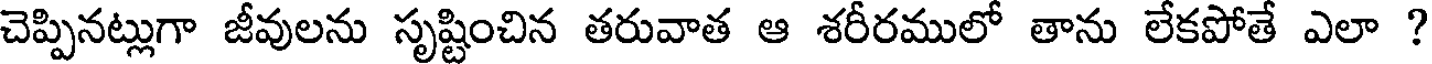
చెప్పినట్లుగా జీవులను సృష్టించిన తరువాత ఆ శరీరములో తాను లేకపోతే ఎలా ?